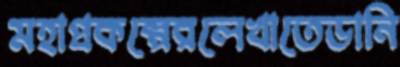
মহাপ্রকল্পেরলেখাতেডানি